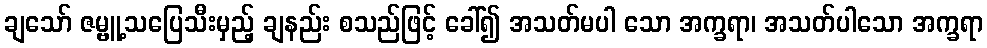
ချသော် ဇမ္ဗူ့သပြေသီးမှည့် ချနည်း စသည်ဖြင့် ခေါ်၍ အသတ်မပါ သော အက္ခရာ၊ အသတ်ပါသော အက္ခရာ